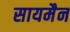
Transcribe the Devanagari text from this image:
सायमैन